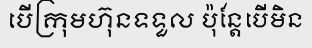
បើក្រុមហ៊ុនទទួល ប៉ុន្តែបើមិន